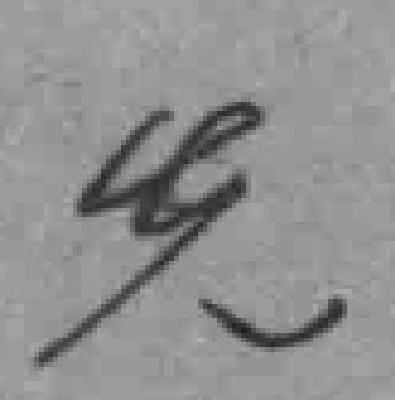
先